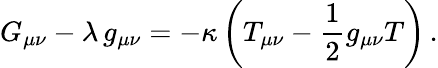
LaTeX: G_{\mu\nu}-\lambda\, g_{\mu\nu}=-\kappa\left(T_{\mu\nu}-\frac{1}{2}g_{\mu\nu}T\right)\, .